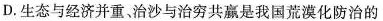
D.生态与经济并重、治沙与治穷共赢是我国荒漠化防治的